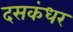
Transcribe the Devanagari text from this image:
दसकंधर